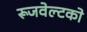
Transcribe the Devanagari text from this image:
रूजवेल्टको